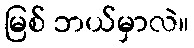
မြစ် ဘယ်မှာလဲ။